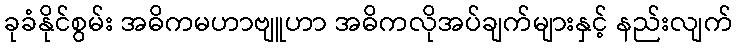
ခုခံနိုင်စွမ်း အဓိကမဟာဗျူဟာ အဓိကလိုအပ်ချက်များနှင့် နည်းလျက်